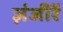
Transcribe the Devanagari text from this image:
ज़ंजीरें